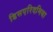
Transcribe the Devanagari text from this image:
डिसएरिदमिया